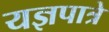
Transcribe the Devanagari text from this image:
यज्ञपात्रे